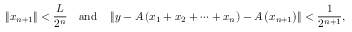
\| x _ { n + 1 } \| < { \frac { L } { 2 ^ { n } } } \quad { \mathrm { a n d } } \quad \left\| y - A \left( x _ { 1 } + x _ { 2 } + \cdots + x _ { n } \right) - A \left( x _ { n + 1 } \right) \right\| < { \frac { 1 } { 2 ^ { n + 1 } } } ,